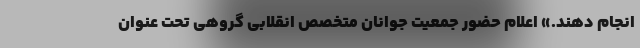
انجام دهند.» اعلام حضور جمعیت جوانان متخصص انقلابی گروهی تحت عنوان